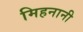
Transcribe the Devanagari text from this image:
मिहनानी